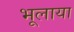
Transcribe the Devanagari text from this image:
भूलाया